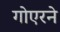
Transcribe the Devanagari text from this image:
गोएरने